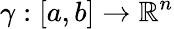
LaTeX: \gamma:[a,b]\to\mathbb{R}^{n}